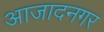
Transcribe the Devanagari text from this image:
आजादनगर